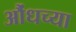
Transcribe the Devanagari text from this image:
औंधच्या